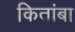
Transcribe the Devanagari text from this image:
कितांबा